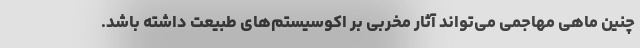
چنین ماهی مهاجمی می‌تواند آثار مخربی بر اکوسیستم‌های طبیعت داشته باشد.